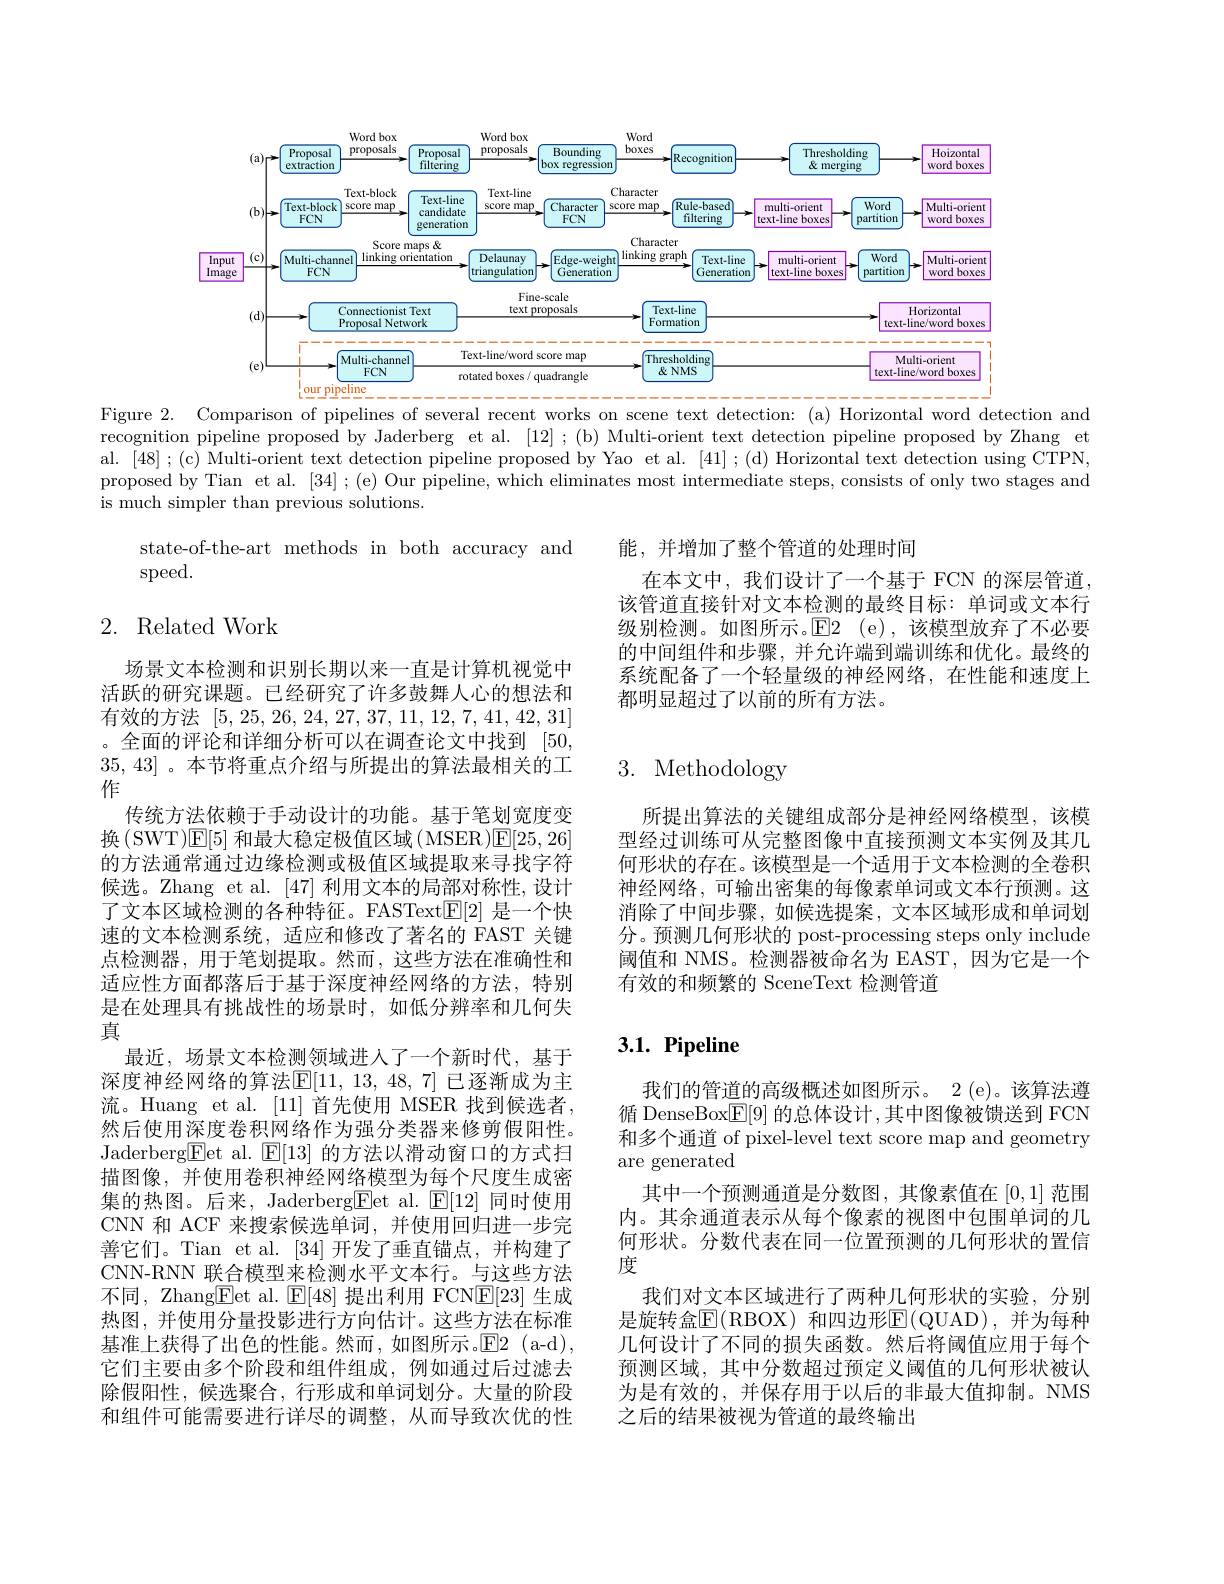
<FigureHere>

Figure 2. Comparison of pipelines of several recent works on scene text detection: (a) Horizontal word detection and recognition pipeline proposed by Jaderberg et al. [12];(b) Multi-orient text detection pipeline proposed by Zhang et al. [48] ;(c) Multi-orient text detection pipeline proposed by Yao et al. [41];(d) Horizontal text detection using CTPN, proposed by Tian et al. [34];(e) Our pipeline, which eliminates most intermediate steps, consists of only two stages and is much simpler than previous solutions.

state-of-the-art methods in both accuracy and
speed.

## 2. Related Work

能，并增加了整个管道的处理时间
在本文中，我们设计了一个基于 FCN 的深层管道该管道直接针对文本检测的最终目标：单词或文本行级别检测。如图所示。E2 ( $e) $,该模型放弃了不必要的中间组件和步骤，并允许端到端训练和优化。最终的系统配备了一个轻量级的神经网络，在性能和速度上都明显超过了以前的所有方法。

# 3. Methodology

所提出算法的关键组成部分是神经网络模型，该模型经过训练可从完整图像中直接预测文本实例及其几何形状的存在。该模型是一个适用于文本检测的全卷积神经网络，可输出密集的每像素单词或文本行预测。这消除了中间步骤，如候选提案，文本区域形成和单词划分。预测几何形状的 post-processing steps only include 阈值和 NMS。检测器被命名为 EAST,因为它是一个有效的和频繁的 SceneText 检测管道

场景文本检测和识别长期以来一直是计算机视觉中活跃的研究课题。已经研究了许多鼓舞人心的想法和有效的方法[5,25,26,24,27,37,11,12,7,41,42,31] 。全面的评论和详细分析可以在调查论文中找到[50, 35,43]。本节将重点介绍与所提出的算法最相关的工作
传统方法依赖于手动设计的功能。基于笔划宽度变换(SWT)E[5]和最大稳定极值区域(MSER)E[25,26] 的方法通常通过边缘检测或极值区域提取来寻找字符候选。Zhang et al. [47] 利用文本的局部对称性，设计了文本区域检测的各种特征。FASText$\boxed{\mathrm{F}}[2]$是一个快速的文本检测系统，适应和修改了著名的 FAST 关键点检测器，用于笔划提取。然而，这些方法在准确性和适应性方面都落后于基于深度神经网络的方法，特别是在处理具有挑战性的场景时，如低分辨率和几何失真
最近，场景文本检测领域进入了一个新时代，基于深度神经网络的算法$\mathbb{E}[11,13,48,7]$ 已逐渐成为主流。Huang et al. [11]首先使用 MSER 找到候选者， 然后使用深度卷积网络作为强分类器来修剪假阳性。Jaderberg$\underline{\mathrm{E}}$et al. $\underline{\mathrm{E}}[13]$的方法以滑动窗口的方式扫描图像，并使用卷积神经网络模型为每个尺度生成密集的热图。后来，Jaderberg$\underline{\mathrm{Eet~al.~}}\underline{\mathrm{E[12]~}}$同时使用CNN 和 ACF 来搜索候选单词，并使用回归进一步完善它们。Tian et al. [34]开发了垂直锚点，并构建了CNN-RNN 联合模型来检测水平文本行。与这些方法不同，Zhang$\underline{\mathrm{Eet~al.~}}\underline{\mathrm{E[48]~提出利用~FCNE[23]~}}$生成热图，并使用分量投影进行方向估计。这些方法在标准基准上获得了出色的性能。然而，如图所示。E2(a-d), 它们主要由多个阶段和组件组成，例如通过后过滤去除假阳性，候选聚合，行形成和单词划分。大量的阶段和组件可能需要进行详尽的调整，从而导致次优的性

# $3. 1. \textbf{ Pipeline}$

我们的管道的高级概述如图所示。2 (e)。该算法遵循 DenseBox$\boxed{\mathrm{F}}[9]$ 的总体设计 ,其中图像被馈送到 FCN 和多个通道 of pixel-level text score map and geometry are generated
其中一个预测通道是分数图，其像素值在[0,1]范围内。其余通道表示从每个像素的视图中包围单词的几何形状。分数代表在同一位置预测的几何形状的置信度
我们对文本区域进行了两种几何形状的实验，分别是旋转盒$\overline{\mathrm{E}}($RBOX)和四边形$\underline{\mathrm{E}}($QUAD),并为每种几何设计了不同的损失函数。然后将阈值应用于每个预测区域，其中分数超过预定义阈值的几何形状被认为是有效的，并保存用于以后的非最大值抑制。NMS 之后的结果被视为管道的最终输出